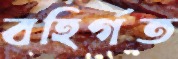
বহির্গত